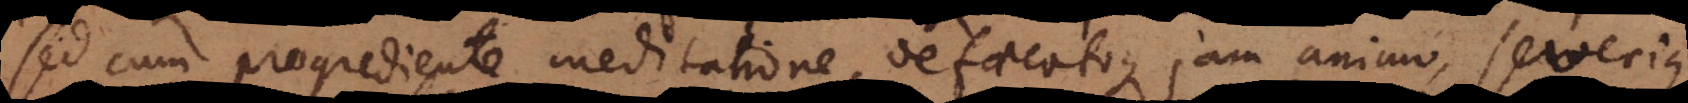
sed cum progrediente meditatione, defaecatoque jam animo, severiu